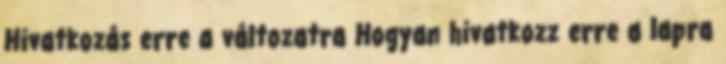
Hivatkozás erre a változatra Hogyan hivatkozz erre a lapra